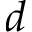
d